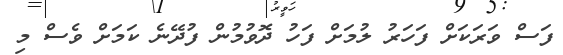
ފަސް ވަރަކަށް ފަހަރު ލުމަށް ފަހު ދޮވުމުން ފުދޭނެ ކަމަށް ވެސް މި